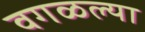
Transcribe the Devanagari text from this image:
वगळल्या